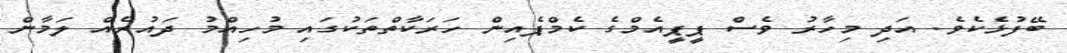
ބޭފުޅެކެވެ. އަދި މިހާރު ވެސް ޕީޕީއެމްގެ ކެމްޕެއިން ހަރަކާތްތަކުގައި މުހިއްމު ދައުރެއް ލަމާން